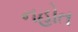
નહોત